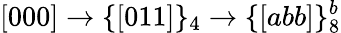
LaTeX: [000]\rightarrow\{ [011]\} _{4}\rightarrow\{ [abb]\} _{8}^{b}